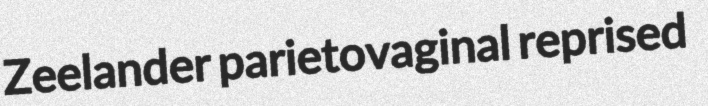
Zeelander parietovaginal reprised